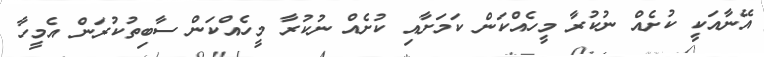
އޭނާއަކީ ކުށެއް ނުކުރާ މީހެއްކަން ކަމަށާއި ކުށެއް ނުކުރާ މީހެއްކަން ސާބިތުކުރަން އެމީހާ